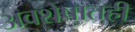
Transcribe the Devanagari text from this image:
अवशेषातही